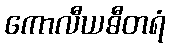
ကောလီယဓီတရံ